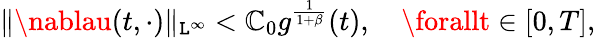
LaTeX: \| \nablau(t,\cdot)\| _{\mathtt{L}^{\infty}}<\mathbb{C}_{0}g^{\frac{{1}}{{1+\beta}}}(t),\quad\forallt\in[0,T],